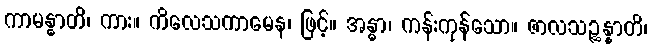
ကာမန္ဓာတိ၊ ကား။ ကိလေသကာမေန၊ ဖြင့်။ အန္ဓာ၊ ကန်းကုန်သော။ ဇာလသဉ္ဆန္နာတိ၊